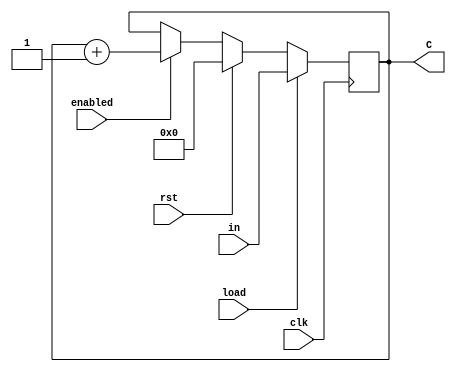
module P_counter(input clk,enabled,rst,load, input [11:0]in, output [11:0]C); 

  wire clk,enabled,rst,load; 
  wire [11:0]in;
  reg [11:0]C=0;

  always @ (posedge clk)    
    begin
      if (load) 
        begin     
          C <= in;
        end
      else if(rst) 
        begin    
          C <= 0;
        end
      else if (enabled) 
        begin    
          C <= C+1;
        end
    end

endmodule